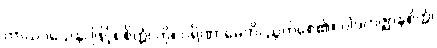
ကာယဝသေန၊ ဖြင့်။ စိတ္တံ၊ ကို။ ပရိဏာမေတိ၊ ညွတ်စေ၏။ ပါဒကဇ္ဈာနစိတ္တံ၊